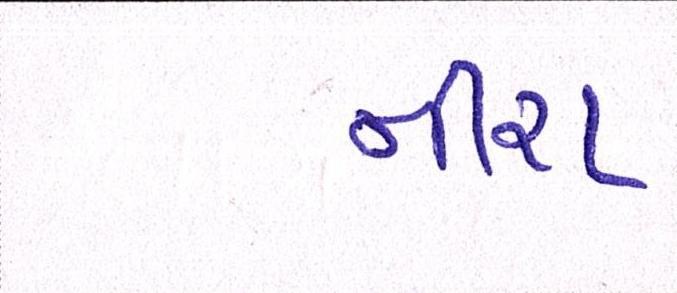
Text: નીરા